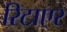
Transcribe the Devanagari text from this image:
रिटाएर